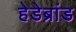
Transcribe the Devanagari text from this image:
हेडेब्रांड